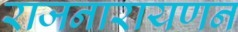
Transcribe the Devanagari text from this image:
राजनारायणन